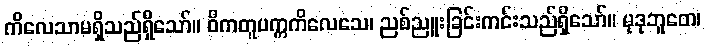
ကိလေသာမရှိသည်ရှိသော်။ ဝိကတူပက္ကကိလေသေ၊ ညစ်ညူးခြင်းကင်းသည်ရှိသော်။ မုဒုဘူတေ၊